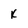
Character: K